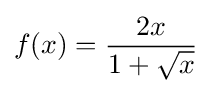
f(x)={\frac {2x}{1+{\sqrt {x}}}}